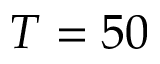
T = 5 0